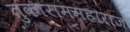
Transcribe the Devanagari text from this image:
तुकाराममहाराज